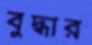
বুদ্ধার